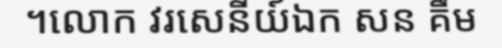
។លោក វរសេនីយ៍ឯក សន គឹម